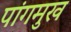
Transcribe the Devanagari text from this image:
पांगमुख